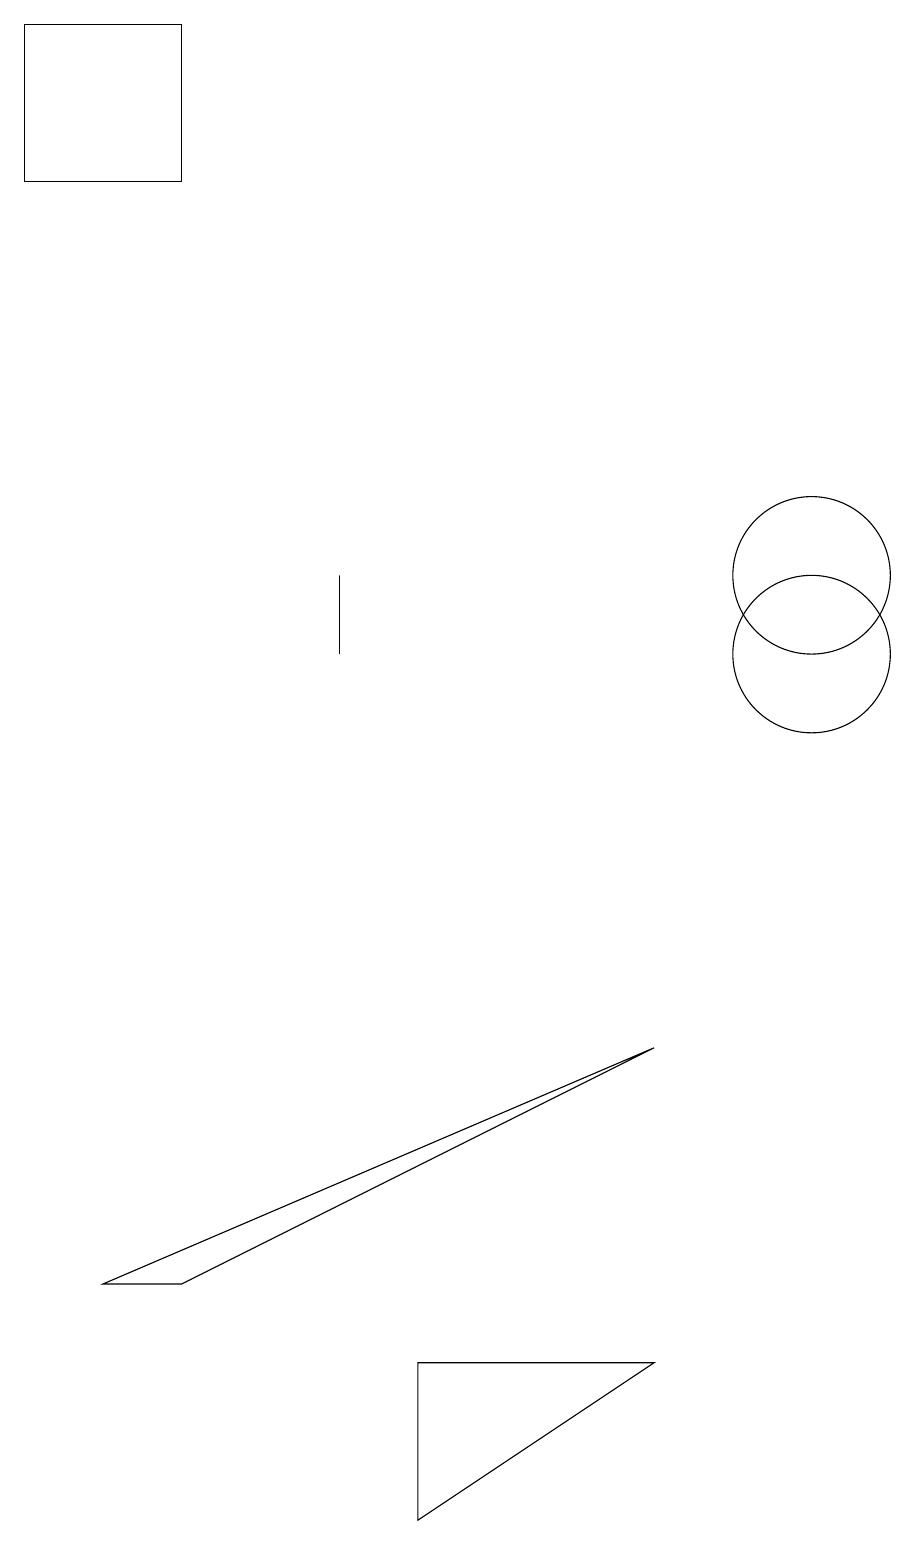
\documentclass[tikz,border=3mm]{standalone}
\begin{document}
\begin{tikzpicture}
\draw (8,2) -- (5,0) -- (5,2) -- cycle;
\draw (11,11) circle (0);
\draw (2,19) rectangle (0,17);
\draw (10,11) circle (1);
\draw (4,12) rectangle (4,11);
\draw (1,3) -- (8,6) -- (2,3) -- cycle;
\draw (10,12) circle (1);
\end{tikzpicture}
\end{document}